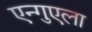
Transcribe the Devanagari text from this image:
एन्गुएला